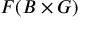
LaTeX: F ( B \times G )